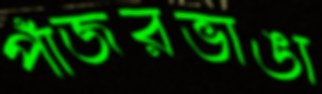
পাঁজরভাঙা